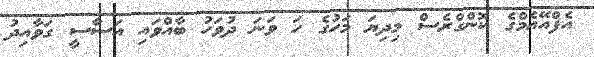
އެފްއޭއެމްގެ ކޮންގްރެސް މިދިޔަ މަހުގެ ހަ ވަނަ ދުވަހު ބާއްވައި އަސާސީ ގަވާއިދު